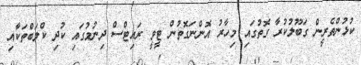
ކުޅުންތެރީން ގަބޫލުކުރާ ގޮތުގައި މިހާރު އޮންނަގޮތުން ޓީވީ ރައިޓްސް ދިނުމުގައި ކުދި ކްލަބްތަކާއި